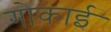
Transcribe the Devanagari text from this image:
गोकाई